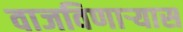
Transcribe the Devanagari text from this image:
वाजविणाऱ्यास